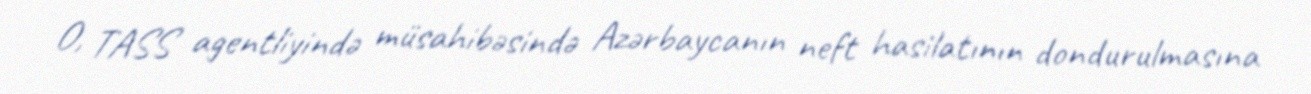
O, TASS agentliyində müsahibəsində Azərbaycanın neft hasilatının dondurulmasına